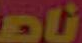
ناص